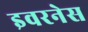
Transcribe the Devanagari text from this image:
इवरनेस